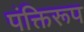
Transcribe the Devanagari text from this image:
पंक्तिरूप